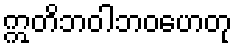
ဣတိဘဝါဘဝဟေတု